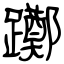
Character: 躑